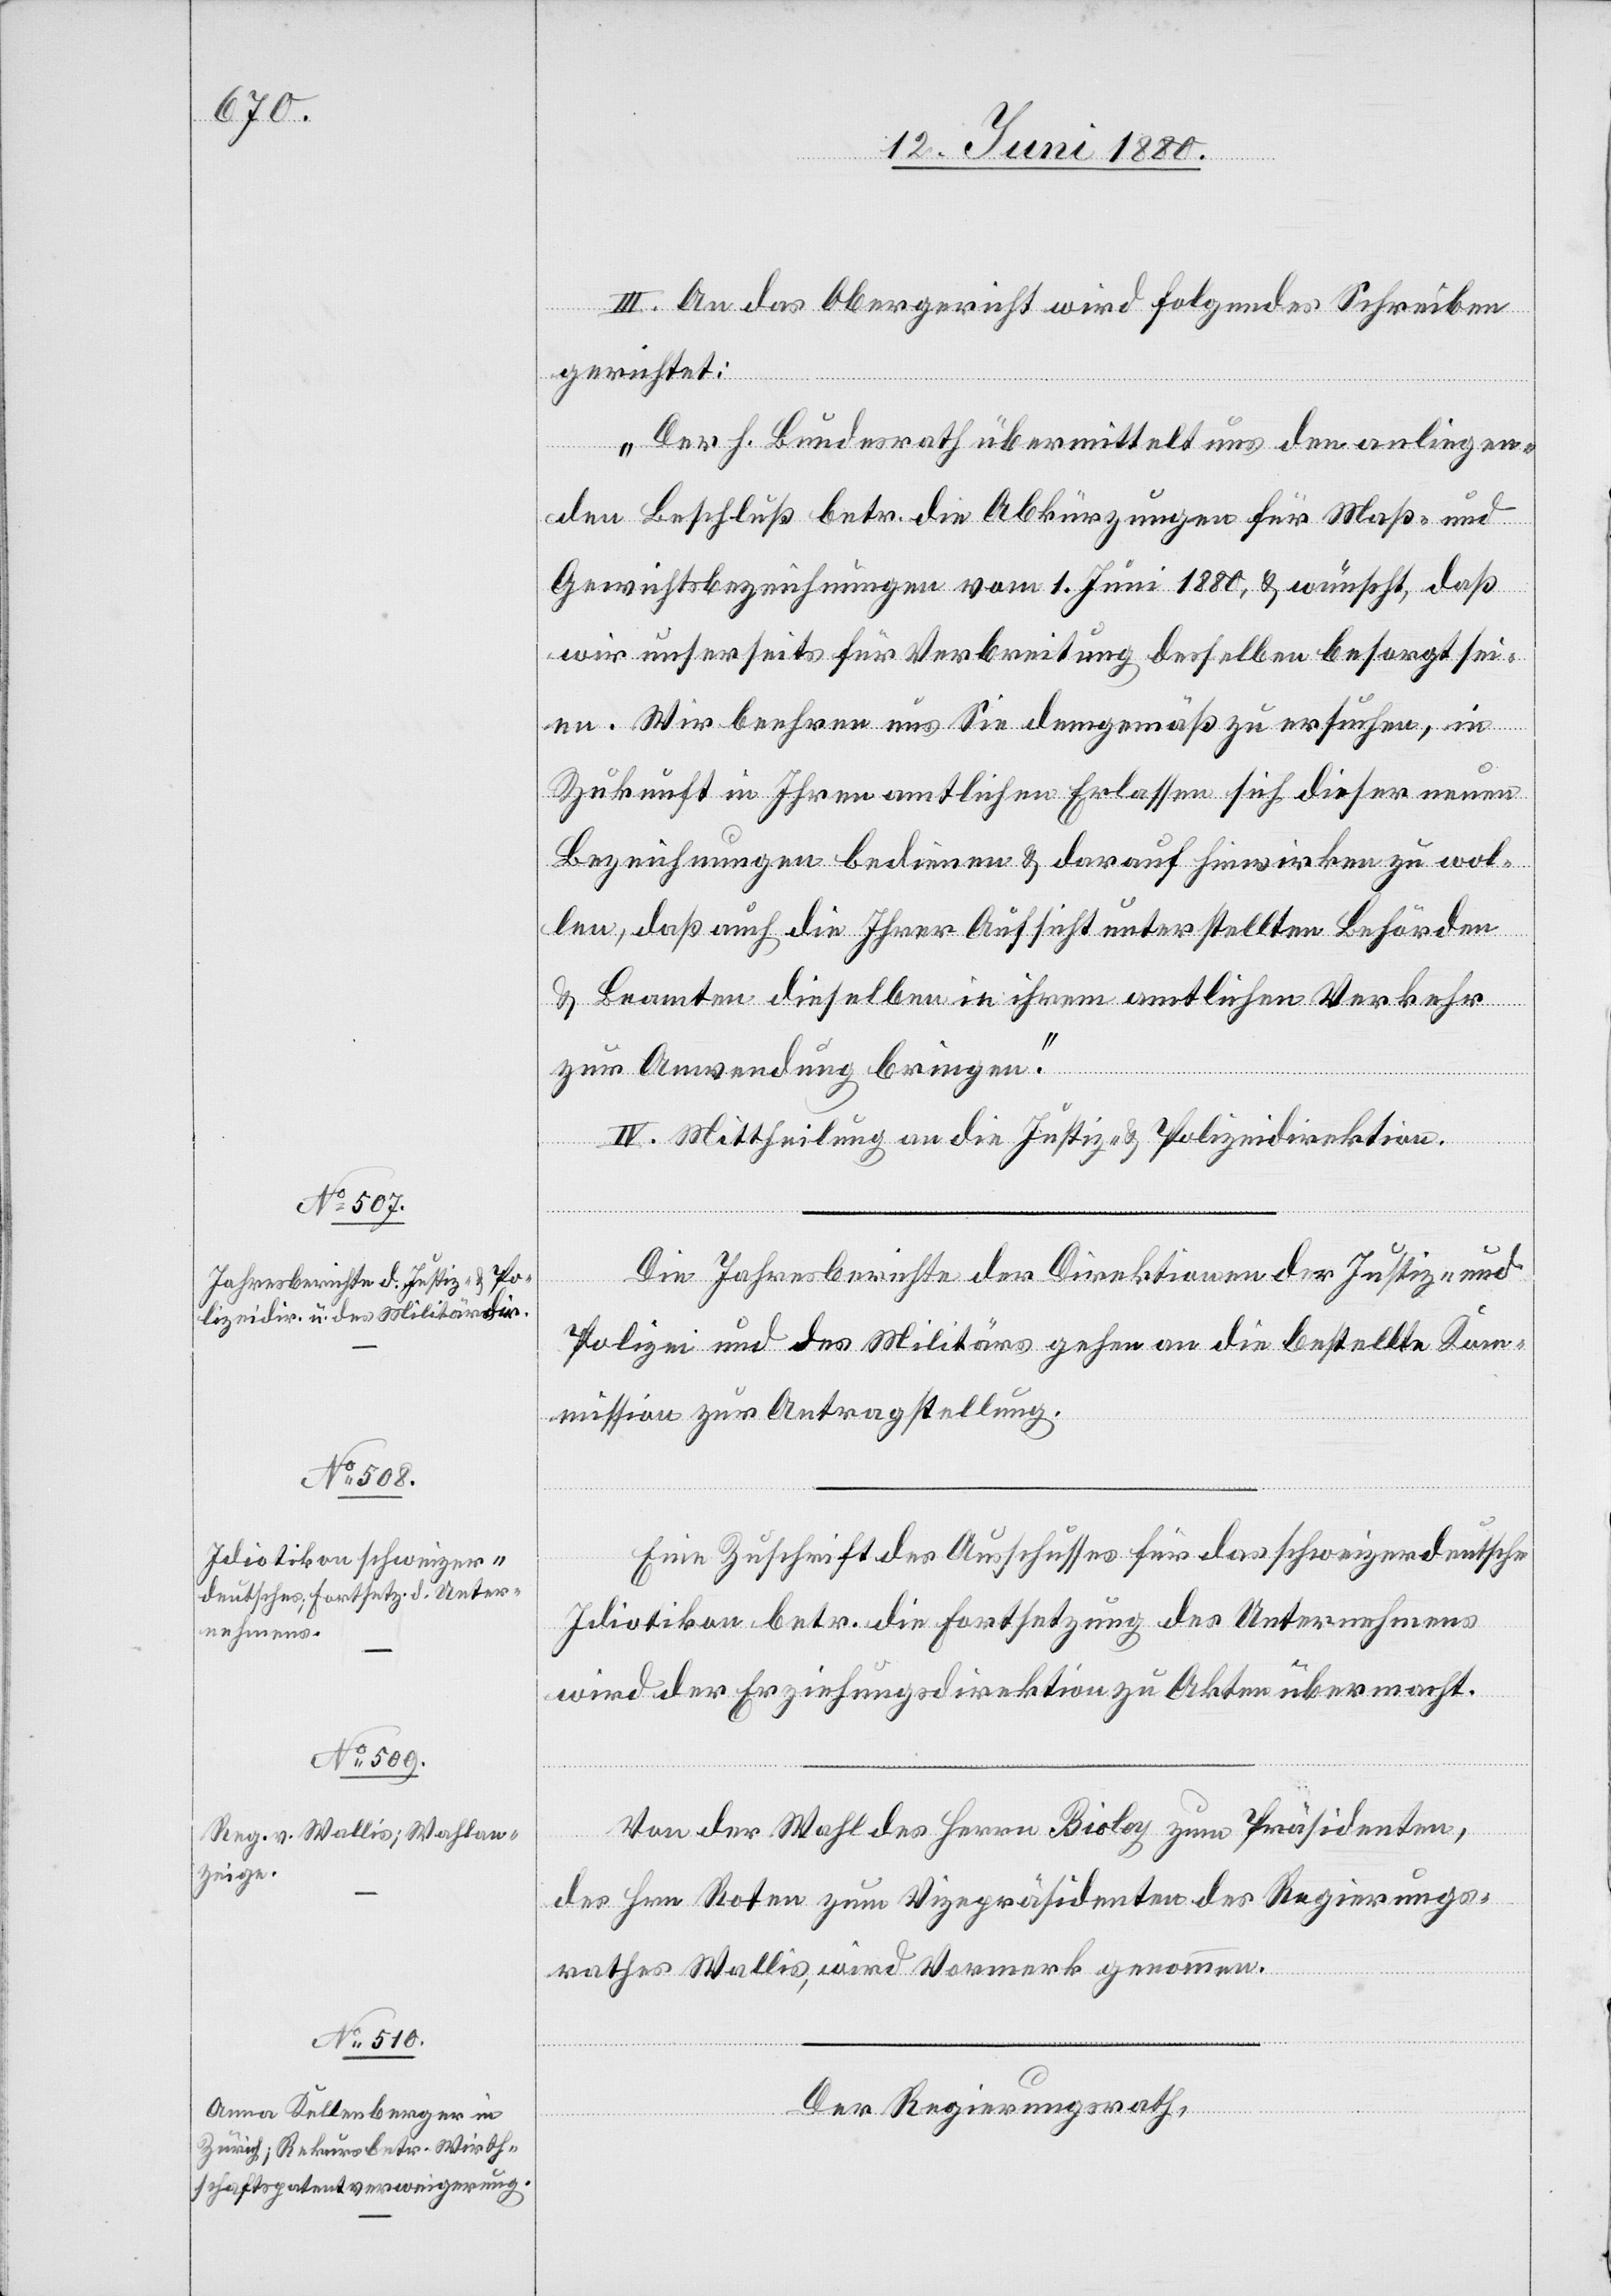
III. An das Obergericht wird folgendes Schreiben
gerichtet:
„Der h. Bundesrath übermittelt uns den anliegen¬
den Beschluß betr. die Abkürzungen für Maß- und
Gewichtsbezeichnungen vom 1. Juni 1880, & wünscht, daß
wir unserseits für Verbreitung desselben besorgt sei¬
en. Wir beehren uns Sie demgemäß zu ersuchen, in
Zukunft in Ihren amtlichen Erlassen sich dieser neuen
Bezeichnungen bedienen & darauf hinwirken zu wol¬
len, daß auch die Ihrer Aufsicht unterstellten Behörden
& Beamten dieselben in ihrem amtlichen Verkehr
zur Anwendung bringen.“
IV. Mittheilung an die Justiz- & Polizeidirektion.
Die Jahresberichte der Direktionen der Justiz- und
Polizei und des Militärs gehen an die bestellte Kom¬
mission zur Antragstellung.
Eine Zuschrift des Ausschusses für das schweizerdeutsche
Idiotikon betr. die Fortsetzung des Unternehmens
wird der Erziehungsdirektion zu Akten übermacht.
Von der Wahl des Herrn Boiley zum Präsidenten,
des Hrn. Roten zum Vizepräsidenten des Regierungs¬
rathes Wallis wird Vormerk genommen.
Der Regierungsrath,